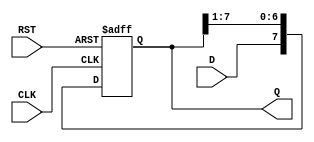
module ShiftRegister #(
    parameter N = 8  // Default size of the shift register (8 bits)
) (
    input wire D,          // Data input
    input wire CLK,        // Clock input
    input wire RST,        // Asynchronous reset
    output reg [N-1:0] Q   // Data output
);

    // Always block for the shift register functionality
    always @(posedge CLK or posedge RST) begin
        if (RST) begin
            Q <= {N{1'b0}};  // Reset the register to zero
        end else begin
            Q <= {D, Q[N-1:1]};  // Shift right and insert new data at MSB
        end
    end

endmodule